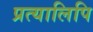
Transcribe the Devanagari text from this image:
प्रत्यालिपि